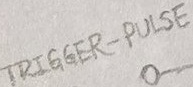
Text: TRIGGER-PULSE